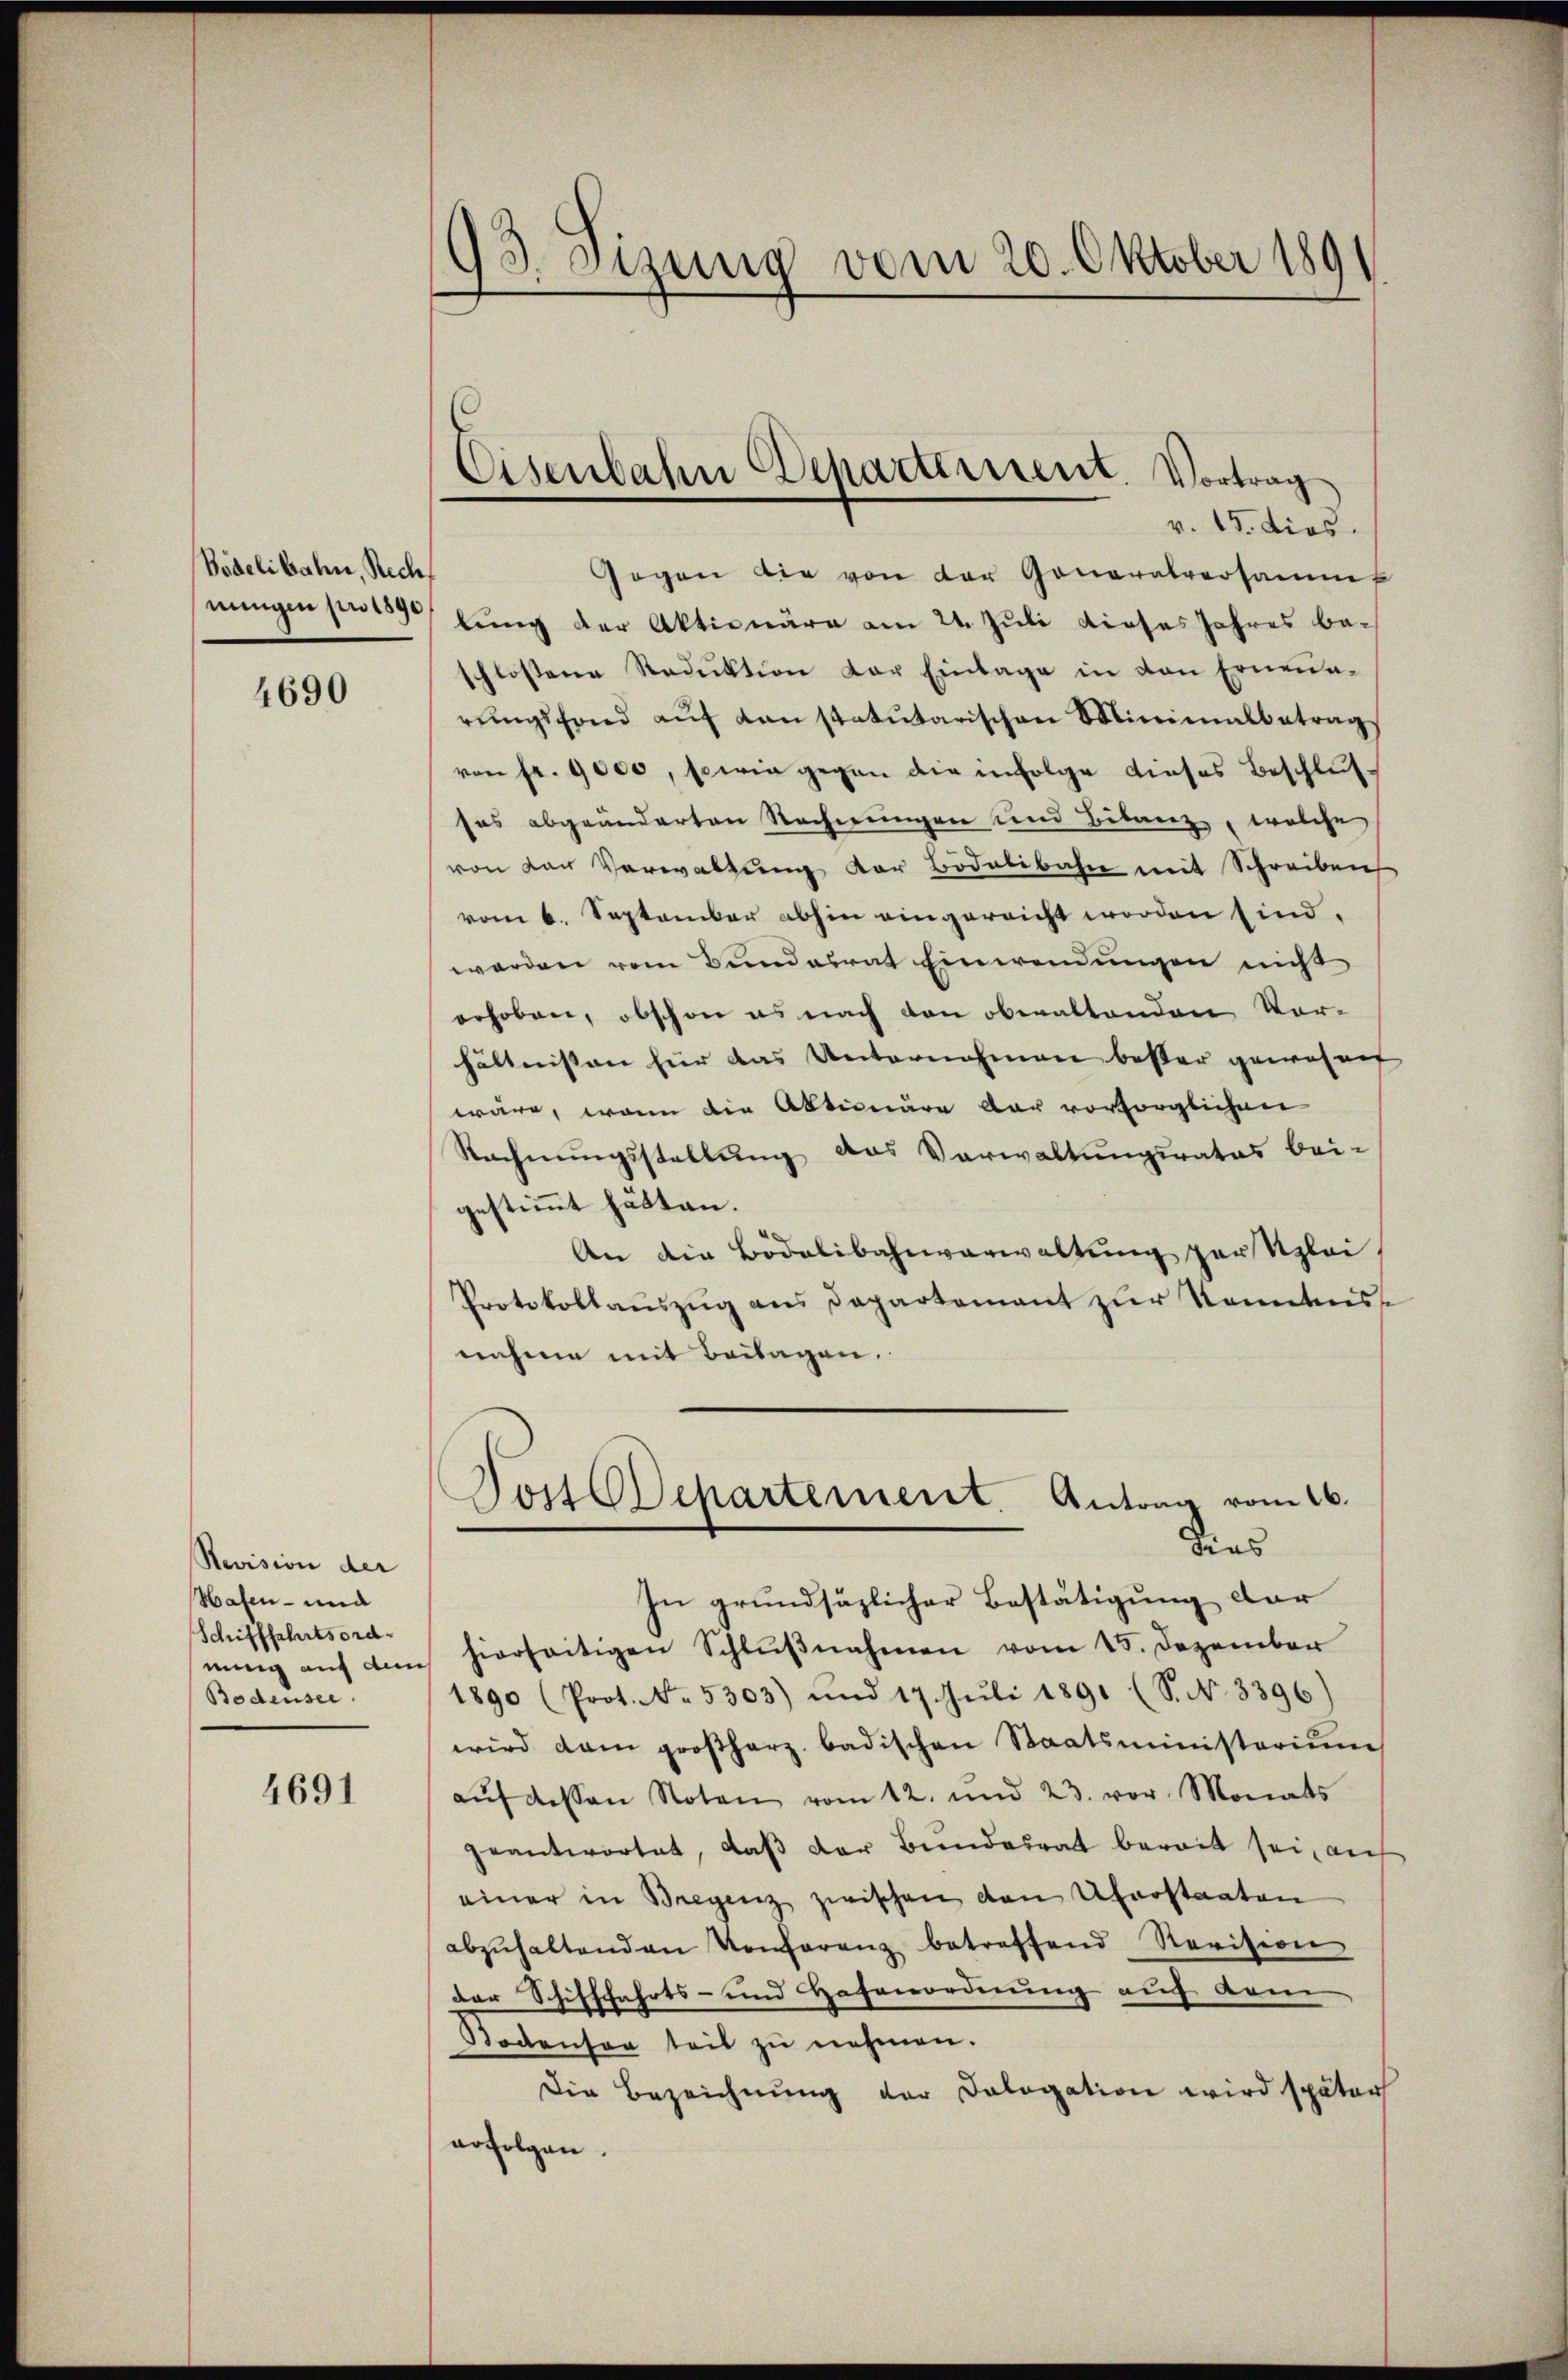
Bidelibahn, Rech

4690

Revision der
Hafen - und
Schifffahrtsord-
nung auf den
Bodensee.

4691

93. Sizung vom 20. Oktober 189

Gegen die von der Generalversammt
nungen par lung der Aktionäre am 24. Juli dieses Jahres beschlossene Reduktion der Einlage in den Erneun-
rŭngsfond aŭf danstatutarischen Minimalbetrags
von fr. 9000, sowie gegen die infolge dieses Beschluß-
ses abgeänderten Rechnungen und Bilanz, welche
von van Verwaltung der Bidelibahn mit Schreiben
vom 6. September abhin eingereicht worden sind.
werden vom Bundesrat Einwendungen nicht
erhoben, obschon es nach den obwaltenden Vor-
hältnissen für das Unternahmen besser gewohnet
wäre, wenn die Aktionäre dar vorsorglichen
Rechnungsstellung das Verwaltungsrates bei-
gestimmt hätten.
An die Bödelibahnverwaltung zur Klei¬
Protokollaŭszŭg ans Departement zŭr Kenntnis
nahme mit Beilagen.

Eisenbahn Departement. Vortrag
v. 15. dies

Dois Departement. Antrag vom 16.
dies

In grundsäzlicher Bestätigung der
hierseitigen Schlŭβnahmen vom 15. Dezember
1890 (Prot. No. 5303) und 17. Jŭli 1891 (S. N. 3396)
wird dan großherz badischen Staatsministerium
aŭf dessen Noten vom 12. und 23. vor. Monats
geantwortet, daβ der Bundesrat bereit sei, auf
einer in Bregenz zwischen den Uferstaaten
abzŭhaltenden Konferenz betreffend Revision
der Schifffahrts- und Hafenordnung auf dem
Bodenson teil zŭ nehmen.
Die Bezeichnŭng der Dologation wird später
erfolgen.